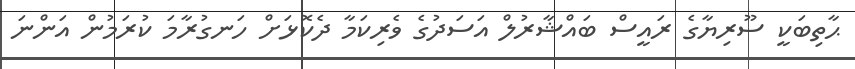
ޙާތިބަކީ ސޫރިޔާގެ ރައީސް ބައްޝާރުލް އަސަދުގެ ވެރިކަމާ ދެކޮޅަށް ހަނގުރާމަ ކުރަމުން އަންނަ